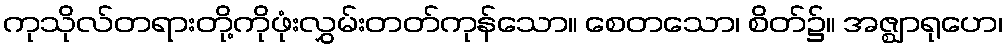
ကုသိုလ်တရားတို့ကိုဖုံးလွှမ်းတတ်ကုန်သော။ စေတသော၊ စိတ်၌။ အဇ္ဈာရုဟေ၊